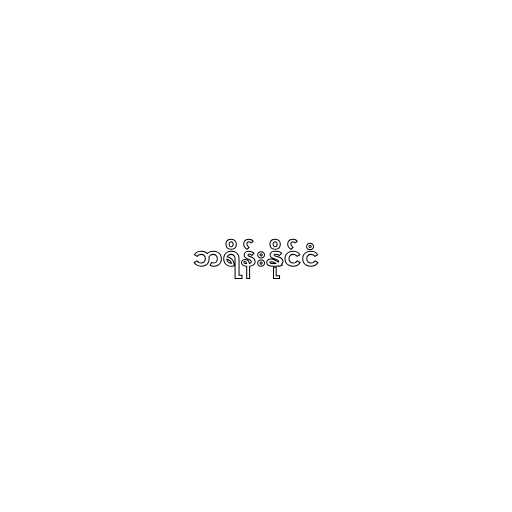
ဘရိန်းနိုင်ငံ